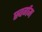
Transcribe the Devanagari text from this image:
स्वर्गम